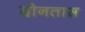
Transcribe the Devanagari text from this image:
दोनतास